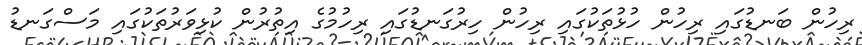
ރިހުން ބަނޑުގައި ރިހުން ހުޅުތަކުގައި ރިހުން ހިރުގަނޑުގައި ރިހުމުގެ އިތުރުން ކުޅިވަރުތަކުގައި މަސްގަނޑު